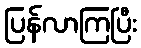
ပြန်လာကြပြီး